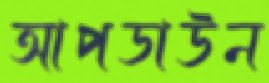
আপডাউন